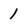
Character: 1